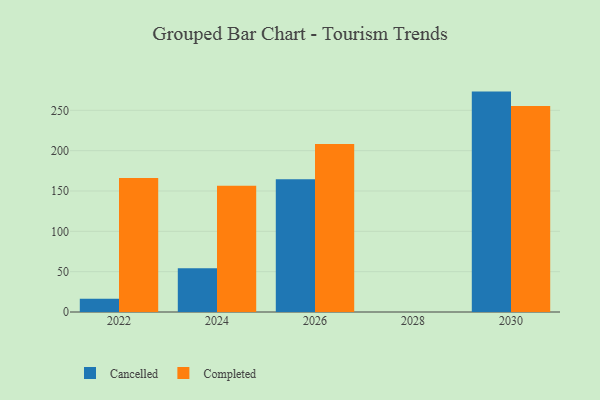
{"axis": {"x": "Year", "y": "Temperature (°C)"}, "legend": ["Cancelled", "Completed"], "data": [{"x": "2026", "y": 164.4, "type": "Cancelled"}, {"x": "2026", "y": 208.4, "type": "Completed"}, {"x": "2024", "y": 54.1, "type": "Cancelled"}, {"x": "2024", "y": 156.5, "type": "Completed"}, {"x": "2022", "y": 16.3, "type": "Cancelled"}, {"x": "2022", "y": 166.1, "type": "Completed"}, {"x": "2030", "y": 273.2, "type": "Cancelled"}, {"x": "2030", "y": 255.4, "type": "Completed"}]}